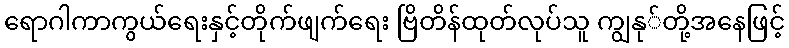
ရောဂါကာကွယ်ရေးနှင့်တိုက်ဖျက်ရေး ဗြိတိန်ထုတ်လုပ်သူ ကျွနု်တို့အနေဖြင့်